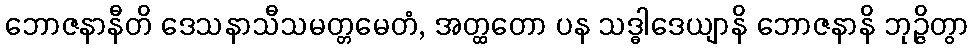
ဘောဇနာနီတိ ဒေသနာသီသမတ္တမေတံ, အတ္ထတော ပန သဒ္ဓါဒေယျာနိ ဘောဇနာနိ ဘုဉ္ဇိတွာ